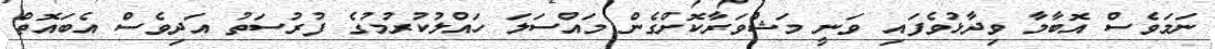
ނަމަވެސް އޮބާމާ ވިދާޅުވެފައި ވަނީ މަޝްވަރާކޮށްގެން މައްސަލަ ހައްލުކުރުމުގެ ފުރުސަތު އަދިވެސް އެބައޮތް